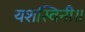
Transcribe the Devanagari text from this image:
यशस्विनी॥